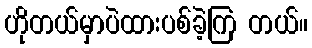
ဟိုတယ်မှာပဲထားပစ်ခဲ့ကြ တယ်။